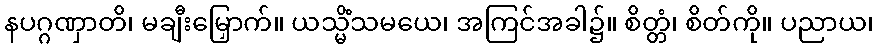
နပဂ္ဂဏှာတိ၊ မချီးမြှောက်။ ယသ္မိံသမယေ၊ အကြင်အခါ၌။ စိတ္တံ၊ စိတ်ကို။ ပညာယ၊